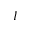
I